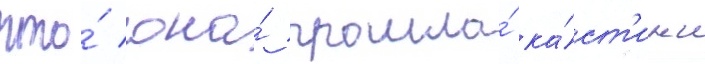
что́ она́ прошла́ ка́ст'инг